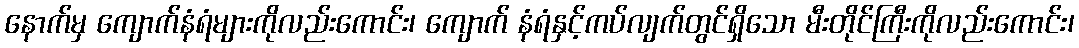
နောက်မှ ကျောက်နံရံများကိုလည်းကောင်း၊ ကျောက် နံရံနှင့်ကပ်လျက်တွင်ရှိသော မီးတိုင်ကြီးကိုလည်းကောင်း၊